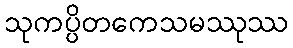
သုကပ္ပိတကေသမဿုဿ